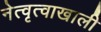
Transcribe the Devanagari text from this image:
नेत्वृत्वाखाली